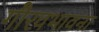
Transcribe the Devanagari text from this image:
गौरवभावना